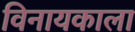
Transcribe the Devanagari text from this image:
विनायकाला